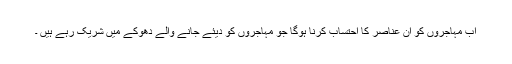
اب مہاجروں کو ان عناصر کا احتساب کرنا ہوگا جو مہاجروں کو دیئے جانے والے دھوکے میں شریک رہے ہیں ۔